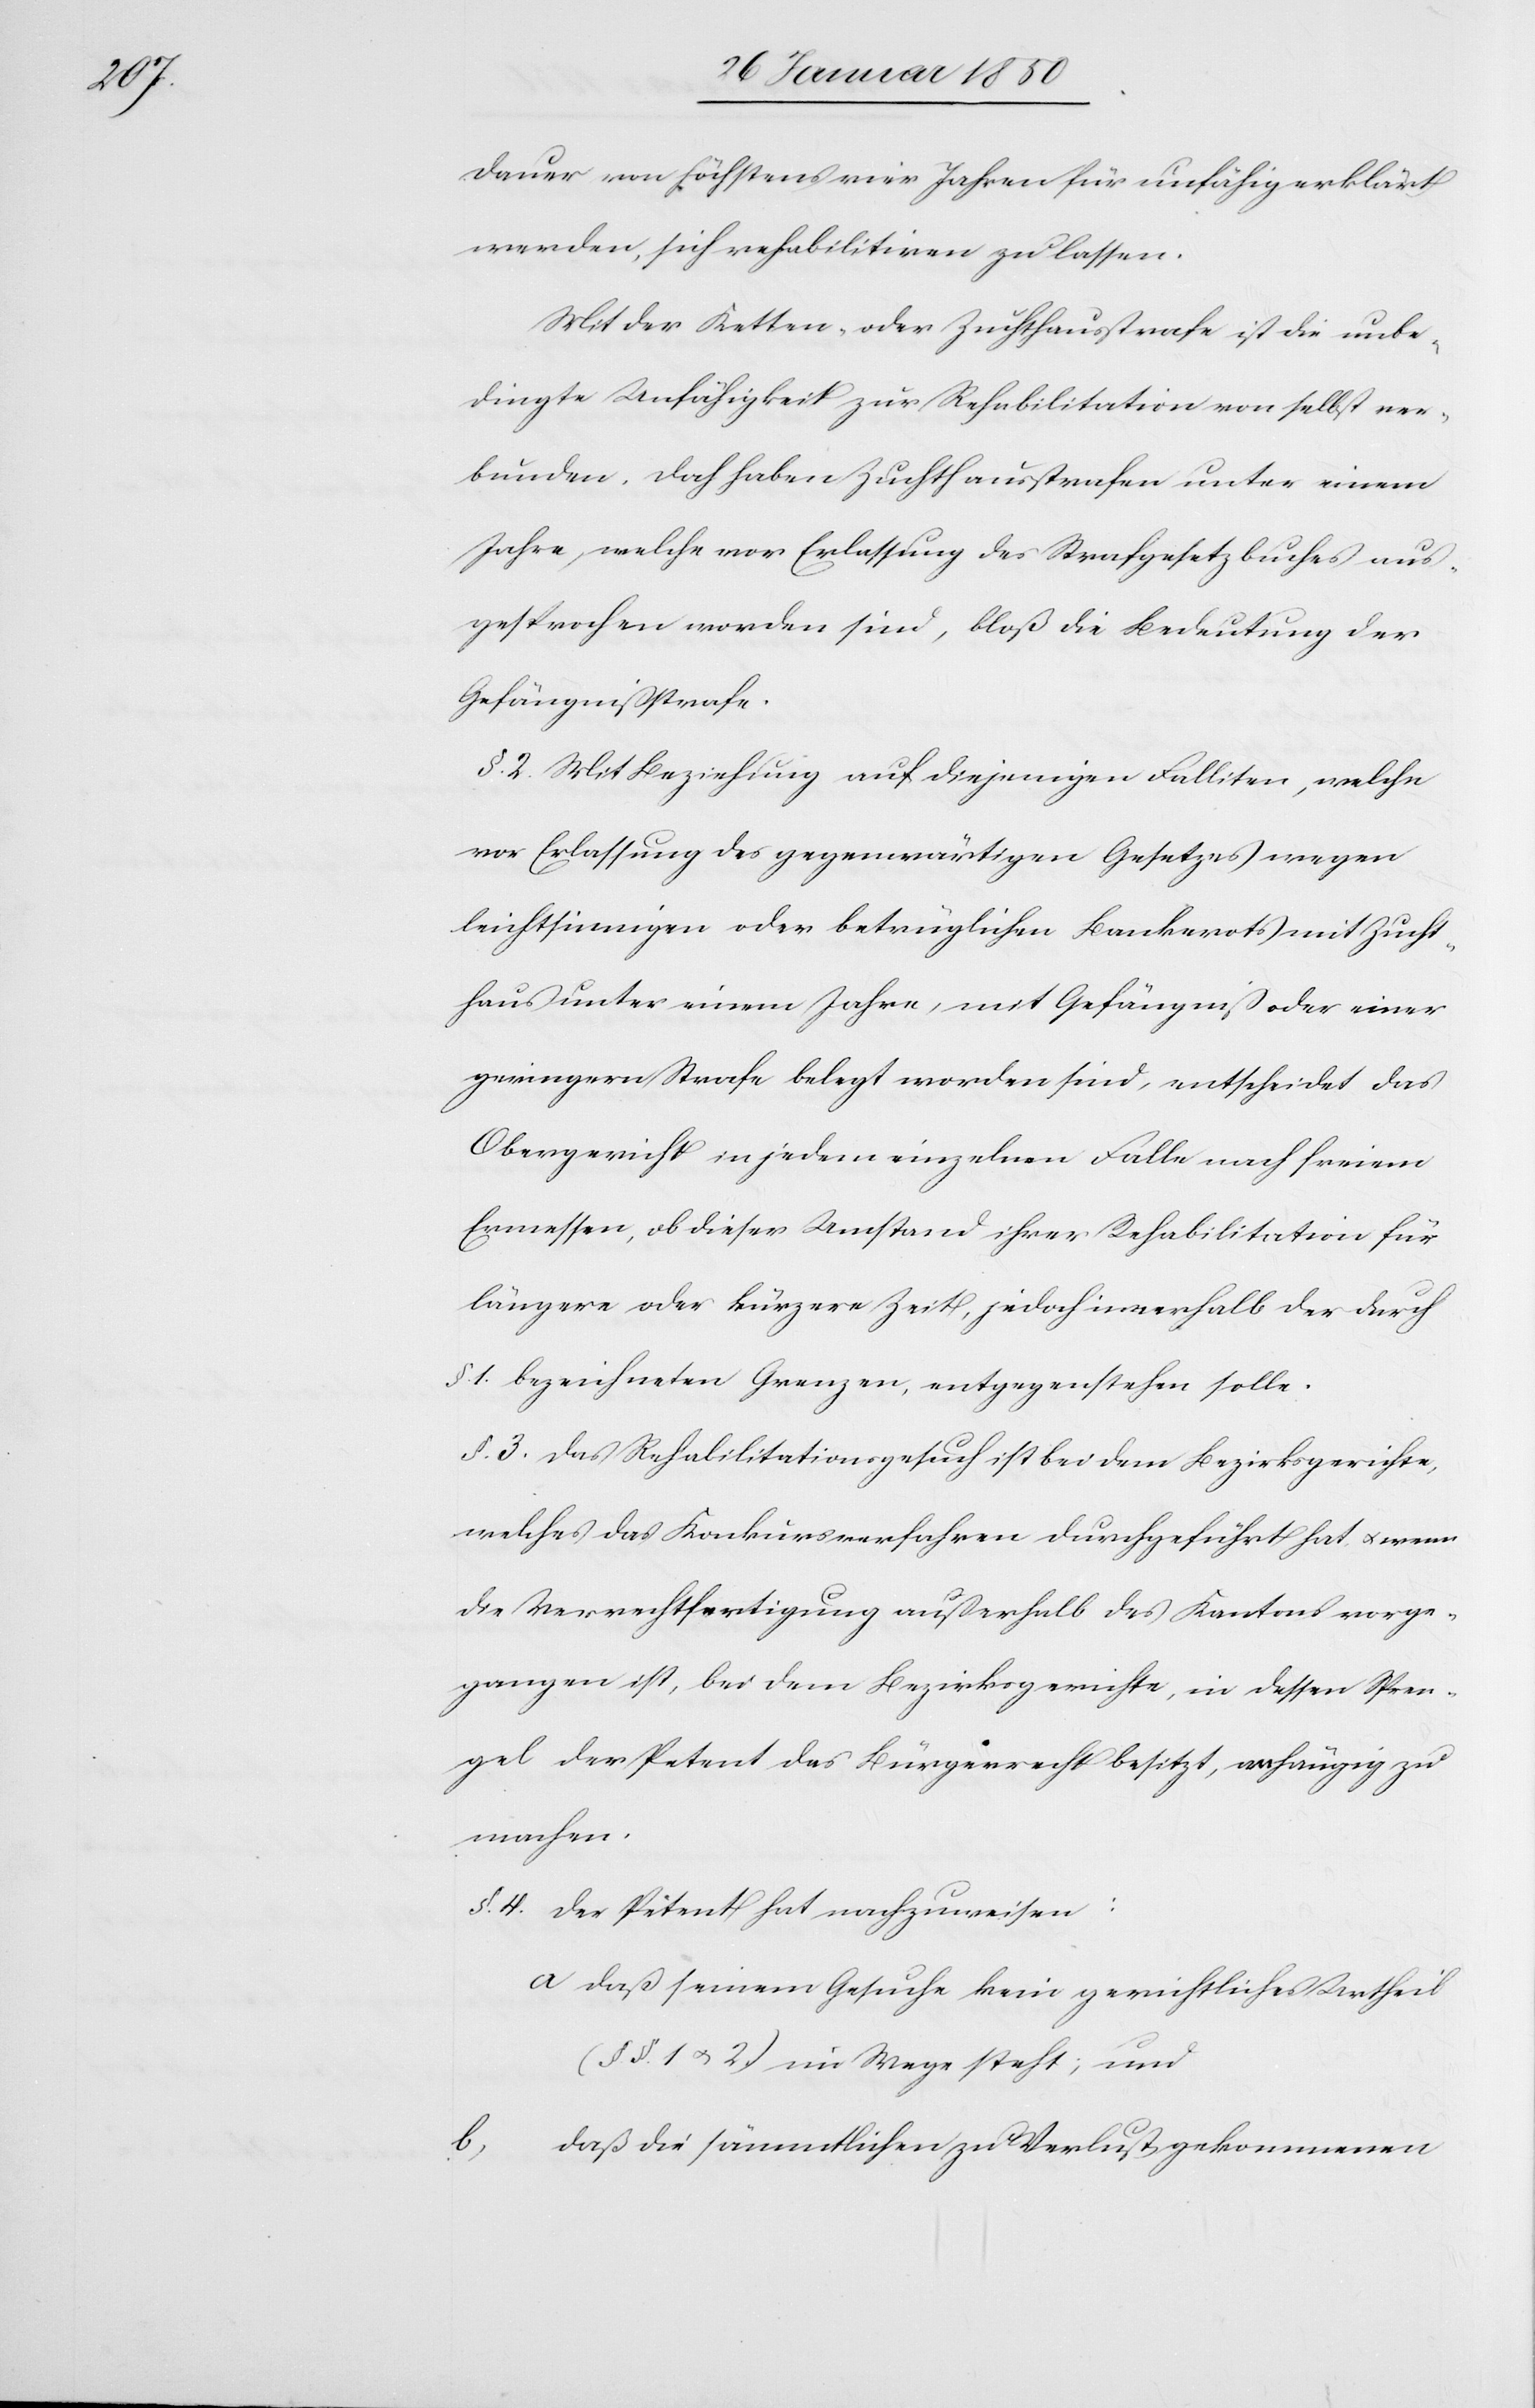
b.

Dauer von höchstens vier Jahren für unfähig erklärt
werden, sich rehabilitiren zu lassen.
Mit der Ketten- oder Zuchthausstrafe ist die unbe¬
dingte Unfähigkeit zur Rehabilitation von selbst ver¬
bunden. Doch haben Zuchthausstrafen unter einem
Jahre, welche vor Erlassung des Strafgesetzbuches aus¬
gesprochen worden sind, bloß die Bedeutung der
Gefängnißstrafe.
§. 2. Mit Beziehung auf diejenigen Falliten, welche
vor Erlassung des gegenwärtigen Gesetzes wegen
leichtsinnigen oder betrüglichen Bankerots mit Zucht¬
haus unter einem Jahre, mit Gefängniß oder einer
geringern Strafe belegt worden sind, entscheidet das
Obergericht in jedem einzelnen Falle nach seinem
Ermessen, ob dieser Umstand ihrer Rehabilitation für
längere oder kürzere Zeit, jedoch innerhalb der durch
§. 1. bezeichneten Grenzen, entgegenstehen solle.
§. 3. Das Rehabilitationsgesuch ist bei dem Bezirksgerichte,
welches das Konkursverfahren durchgeführt hat u. wenn
die Verrechtfertigung außerhalb des Kantons vorge¬
gangen ist, bei dem Bezirksgerichte, in dessen Spren¬
gel der Petent das Bürgerrecht besitzt, anhängig zu
machen.
§. 4. Der Petent hat nachzuweisen:
a Daß seinem Gesuche kein gerichtliches Urtheil
(§. §. 1 u. 2.) im Wege steht; und
Daß die sämmtlichen zu Verlust gekommenen